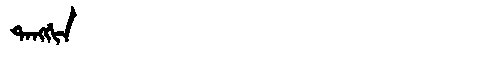
Manchu: ᡨᠠᠩᡤᡳᠨ
Romanization: TANGGIN